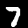
Digit: 7